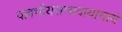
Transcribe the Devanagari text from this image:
वल्लभीयसम्प्रदायाचार्य